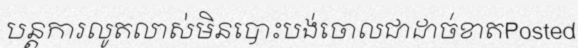
បន្តការលូតលាស់មិនបោះបង់ចោលជាដាច់ខាតPosted